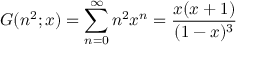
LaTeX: G ( n ^ { 2 } ; x ) = \sum _ { n = 0 } ^ { \infty } n ^ { 2 } x ^ { n } = { \frac { x ( x + 1 ) } { ( 1 - x ) ^ { 3 } } }